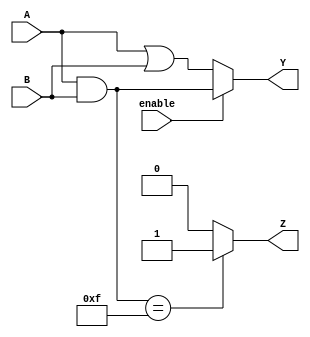
module combinational_logic_block (
    input  wire [3:0] A,      // 4-bit input A
    input  wire [3:0] B,      // 4-bit input B
    input  wire       enable,  // Enable signal
    output wire [3:0] Y,      // 4-bit output Y
    output wire       Z        // 1-bit output Z
);

// Internal signals
wire [3:0] and_out; // Intermediate signal for AND operation
wire [3:0] or_out;  // Intermediate signal for OR operation
wire [3:0] not_a;   // Intermediate signal for NOT operation

// Logic operations
assign and_out = A & B;         // AND operation
assign or_out  = A | B;         // OR operation
assign not_a   = ~A;            // NOT operation

// Output logic
assign Y = enable ? and_out : or_out; // Output Y based on enable signal
assign Z = (and_out == 4'b1111) ? 1'b1 : 1'b0; // Output Z is high if AND result is all ones

endmodule